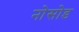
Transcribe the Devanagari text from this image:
नोसोड